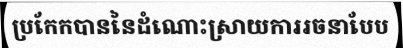
ប្រកែកបាននៃដំណោះស្រាយការរចនាបែប